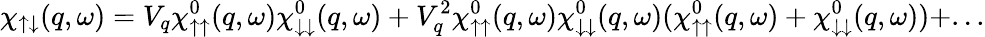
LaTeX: \chi_{\uparrow\downarrow}(q,\omega)=V_{q}\chi_{\uparrow\uparrow}^{0}(q,\omega)\chi_{\downarrow\downarrow}^{0}(q,\omega)+V_{q}^{2}\chi_{\uparrow\uparrow}^{0}(q,\omega)\chi_{\downarrow\downarrow}^{0}(q,\omega)(\chi_{\uparrow\uparrow}^{0}(q,\omega)+\chi_{\downarrow\downarrow}^{0}(q,\omega))+...